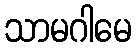
သာမဂါမေ